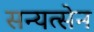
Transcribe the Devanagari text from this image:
सन्यत्सेन